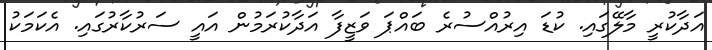
އަދާކުރީ މާލޭގައި. ކުޑަ އިރުއްސުރެ ބައްޕަ ވަޒީފާ އަދާކުރަމުން އައީ ސަރުކާރުގައި. އެކަމަކު